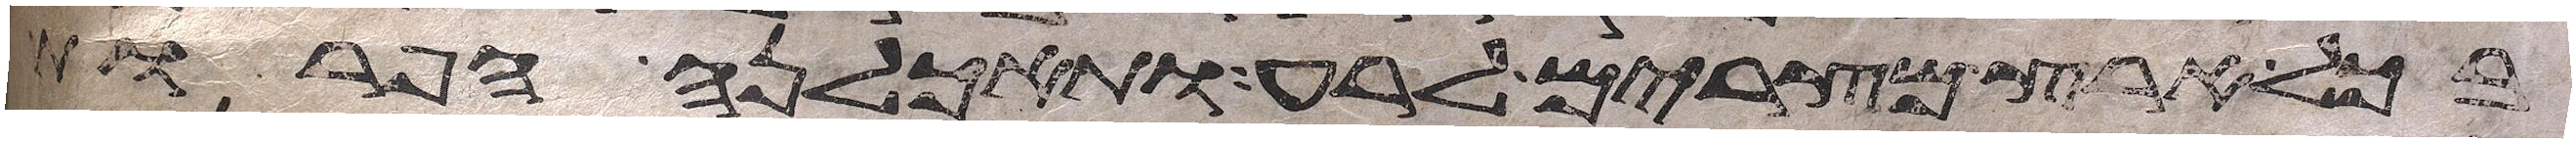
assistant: בכל ארץ מצרים לרע ותאכלנה הפרות